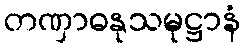
တဏှာဓနုသမုဋ္ဌာနံ